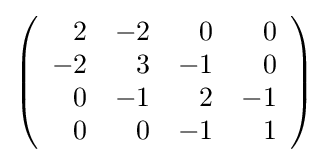
{\textstyle \left({\begin{array}{rrrr}2&-2&0&0\\-2&3&-1&0\\0&-1&2&-1\\0&0&-1&1\\\end{array}}\right)}